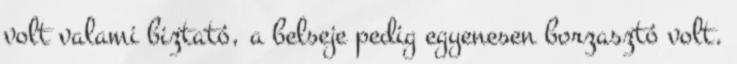
volt valami biztató, a belseje pedig egyenesen borzasztó volt.